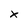
Character: x